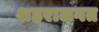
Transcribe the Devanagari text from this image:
शहरालगत